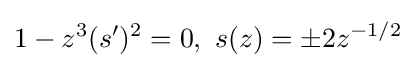
1-z^{3}(s^{\prime })^{2}=0,\ s(z)=\pm 2z^{-1/2}